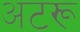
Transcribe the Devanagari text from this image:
अटरू